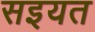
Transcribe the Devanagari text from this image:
सइयत